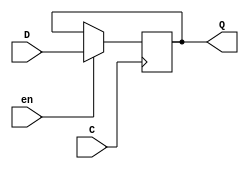

module DIG_Register_BUS #(
    parameter Bits = 1
)
(
    input C,
    input en,
    input [(Bits - 1):0]D,
    output [(Bits - 1):0]Q
);

    reg [(Bits - 1):0] state = 'h0;

    assign Q = state;

    always @ (posedge C) begin
        if (en)
            state <= D;
   end
endmodule
module DIG_ROM_256X16_InstructionMemory (
    input [7:0] A,
    input sel,
    output reg [15:0] D
);
    reg [15:0] my_rom [0:20];
	 integer i;
	 
    always @(sel,A,D, my_rom[0],my_rom[1],my_rom[2],my_rom[3],my_rom[4],my_rom[5],my_rom[6],my_rom[7],my_rom[8],my_rom[9],my_rom[10],my_rom[11],my_rom[12],my_rom[13],my_rom[14],my_rom[15],my_rom[16],my_rom[17],my_rom[18],my_rom[19],my_rom[20]) begin
        if (~sel)
            D = 16'hz;
        else if (A > 8'h5)
            D = 16'h0;
        else
            D = my_rom[A];
    end

    initial begin
		  for (i = 0; i < 21; i = i + 1) begin
            my_rom[i] = 16'h0000;
        end
      my_rom[0] = 16'h7054;
      my_rom[1] = 16'h708a;
      my_rom[2] = 16'h229a;
      my_rom[3] = 16'h50c1;
      my_rom[4] = 16'h7045;
    end
endmodule

module DIG_Add
#(
    parameter Bits = 1
)
(
    input [(Bits-1):0] a,
    input [(Bits-1):0] b,
    input c_i,
    output [(Bits - 1):0] s,
    output c_o
);
   wire [Bits:0] temp;

   assign temp = a + b + c_i;
   assign s = temp [(Bits-1):0];
   assign c_o = temp[Bits];
endmodule


module DIG_RegisterFile
#(
    parameter Bits = 8,
    parameter AddrBits = 4
)
(
    input [(Bits-1):0] Din,
    input we,
    input [(AddrBits-1):0] Rw,
    input C,
    input [(AddrBits-1):0] Ra,
    input [(AddrBits-1):0] Rb,
    output [(Bits-1):0] Da,
    output [(Bits-1):0] Db,
    output [(Bits-1):0] RH0,
    output [(Bits-1):0] RH1,
    output [(Bits-1):0] RH2,
    output [(Bits-1):0] RH3,
    output [(Bits-1):0] RH4,
    output [(Bits-1):0] RH5,
    output [(Bits-1):0] RH6,
    output [(Bits-1):0] RH7
);
    reg [(Bits-1):0] memory[0:((1 << AddrBits)-1)];
    reg [7:0] RH0_t;
    reg [7:0] RH1_t;
    reg [7:0] RH2_t;
    reg [7:0] RH3_t;
    reg [7:0] RH4_t;
    reg [7:0] RH5_t;
    reg [7:0] RH6_t;
    reg [7:0] RH7_t;
    assign Da = memory[Ra];
    assign Db = memory[Rb];
    integer y;
    initial begin
        for (y = 0; y <(1 << AddrBits); y = y + 1) begin
            memory[y] = 0;
        end
    end
    always @ (posedge C) begin
        if (we) 
            memory[Rw] <= Din;
        // regouts
        RH0_t = memory[0];
        RH1_t = memory[1];
        RH2_t = memory[2];
        RH3_t = memory[3];
        RH4_t = memory[4];
        RH5_t = memory[5];
        RH6_t = memory[6];
        RH7_t = memory[7];
    end
    assign RH0 = RH0_t;
    assign RH1 = RH1_t;
    assign RH2 = RH2_t;
    assign RH3 = RH3_t;
    assign RH4 = RH4_t;
    assign RH5 = RH5_t;
    assign RH6 = RH6_t;
    assign RH7 = RH7_t;
endmodule


module Mux_2x1_NBits #(
    parameter Bits = 2
)
(
    input [0:0] sel,
    input [(Bits - 1):0] in_0,
    input [(Bits - 1):0] in_1,
    output reg [(Bits - 1):0] out
);
    always @ (sel, in_0, in_1, out) begin
        case (sel)
            1'h0: out = in_0;
            1'h1: out = in_1;
            default:
                out = 'h0;
        endcase
    end
endmodule

module DIG_BitExtender #(
    parameter inputBits = 2,
    parameter outputBits = 4
)
(
    input [(inputBits-1):0] in,
    output [(outputBits - 1):0] out
);
    assign out = {{(outputBits - inputBits){in[inputBits - 1]}}, in};
endmodule



module DIG_RAMDualPort
#(
    parameter Bits = 8,
    parameter AddrBits = 4
)
(
  input [(AddrBits-1):0] A,
  input [(Bits-1):0] Din,
  input str,
  input C,
  input ld,
  output [(Bits-1):0] D
);
  reg [(Bits-1):0] memory[0:((1 << AddrBits) - 1)];

  assign D = ld? memory[A] : 'hz;

  always @ (posedge C) begin
    if (str)
      memory[A] <= Din;
  end
endmodule

module LUT_CONTROLLER (
    input \0 ,
    input \1 ,
    input \2 ,
    input \3 ,
    input \4 ,
    input \5 ,
    input \6 ,
    output reg  [17:0]  out
);
    reg [17:0] my_lut [0:127];
    wire [6:0] temp;
    assign temp = {\6 , \5 , \4 , \3 , \2 , \1 , \0 };

    always @ (temp,out,my_lut[0],my_lut[1],my_lut[2],my_lut[3],my_lut[4],my_lut[5],my_lut[6],my_lut[7],my_lut[8],my_lut[9],my_lut[10],my_lut[11],my_lut[12],my_lut[13],my_lut[14],my_lut[15],my_lut[16],my_lut[17],my_lut[18],my_lut[19],my_lut[20],my_lut[21],my_lut[22],my_lut[23],my_lut[24],my_lut[25],my_lut[26],my_lut[27],my_lut[28],my_lut[29],my_lut[30],my_lut[31],my_lut[32],my_lut[33],my_lut[34],my_lut[35],my_lut[36],my_lut[37],my_lut[38],my_lut[39],my_lut[40],my_lut[41],my_lut[42],my_lut[43],my_lut[44],my_lut[45],my_lut[46],my_lut[47],my_lut[48],my_lut[49],my_lut[50],my_lut[51],my_lut[52],my_lut[53],my_lut[54],my_lut[55],my_lut[56],my_lut[57],my_lut[58],my_lut[59],my_lut[60],my_lut[61],my_lut[62],my_lut[63],my_lut[64],my_lut[65],my_lut[66],my_lut[67],my_lut[68],my_lut[69],my_lut[70],my_lut[71],my_lut[72],my_lut[73],my_lut[74],my_lut[75],my_lut[76],my_lut[77],my_lut[78],my_lut[79],my_lut[80],my_lut[81],my_lut[82],my_lut[83],my_lut[84],my_lut[85],my_lut[86],my_lut[87],my_lut[88],my_lut[89],my_lut[90],my_lut[91],my_lut[92],my_lut[93],my_lut[94],my_lut[95],my_lut[96],my_lut[97],my_lut[98],my_lut[99],my_lut[100],my_lut[101],my_lut[102],my_lut[103],my_lut[104],my_lut[105],my_lut[106],my_lut[107],my_lut[108],my_lut[109],my_lut[110],my_lut[111],my_lut[112],my_lut[113],my_lut[114],my_lut[115],my_lut[116],my_lut[117],my_lut[118],my_lut[119],my_lut[120],my_lut[121],my_lut[122],my_lut[123],my_lut[124],my_lut[125],my_lut[126],my_lut[127]) begin
       out = my_lut[temp];
    end

    initial begin
        my_lut[0] = 18'h0;
        my_lut[1] = 18'h588;
        my_lut[2] = 18'h608;
        my_lut[3] = 18'h688;
        my_lut[4] = 18'h4000;
        my_lut[5] = 18'h8008;
        my_lut[6] = 18'h8008;
        my_lut[7] = 18'h8;
        my_lut[8] = 18'h8;
        my_lut[9] = 18'h88;
        my_lut[10] = 18'h88;
        my_lut[11] = 18'h388;
        my_lut[12] = 18'h408;
        my_lut[13] = 18'h1200;
        my_lut[14] = 18'h1200;
        my_lut[15] = 18'h1280;
        my_lut[16] = 18'h1300;
        my_lut[17] = 18'h488;
        my_lut[18] = 18'h708;
        my_lut[19] = 18'h208;
        my_lut[20] = 18'h508;
        my_lut[21] = 18'h0;
        my_lut[22] = 18'h0;
        my_lut[23] = 18'h0;
        my_lut[24] = 18'h40;
        my_lut[25] = 18'h40;
        my_lut[26] = 18'h40;
        my_lut[27] = 18'h40;
        my_lut[28] = 18'h40;
        my_lut[29] = 18'h40;
        my_lut[30] = 18'h40;
        my_lut[31] = 18'h40;
        my_lut[32] = 18'h20048;
        my_lut[33] = 18'h20048;
        my_lut[34] = 18'h20048;
        my_lut[35] = 18'h20048;
        my_lut[36] = 18'h20048;
        my_lut[37] = 18'h20048;
        my_lut[38] = 18'h20048;
        my_lut[39] = 18'h20048;
        my_lut[40] = 18'ha0;
        my_lut[41] = 18'ha0;
        my_lut[42] = 18'ha0;
        my_lut[43] = 18'ha0;
        my_lut[44] = 18'ha0;
        my_lut[45] = 18'ha0;
        my_lut[46] = 18'ha0;
        my_lut[47] = 18'ha0;
        my_lut[48] = 18'h20a0;
        my_lut[49] = 18'h20a0;
        my_lut[50] = 18'h20a0;
        my_lut[51] = 18'h20a0;
        my_lut[52] = 18'h20a0;
        my_lut[53] = 18'h20a0;
        my_lut[54] = 18'h20a0;
        my_lut[55] = 18'h20a0;
        my_lut[56] = 18'hb;
        my_lut[57] = 18'hb;
        my_lut[58] = 18'hb;
        my_lut[59] = 18'hb;
        my_lut[60] = 18'hb;
        my_lut[61] = 18'hb;
        my_lut[62] = 18'hb;
        my_lut[63] = 18'hb;
        my_lut[64] = 18'hb;
        my_lut[65] = 18'hb;
        my_lut[66] = 18'hb;
        my_lut[67] = 18'hb;
        my_lut[68] = 18'hb;
        my_lut[69] = 18'hb;
        my_lut[70] = 18'hb;
        my_lut[71] = 18'hb;
        my_lut[72] = 18'h70b;
        my_lut[73] = 18'h70b;
        my_lut[74] = 18'h70b;
        my_lut[75] = 18'h70b;
        my_lut[76] = 18'h70b;
        my_lut[77] = 18'h70b;
        my_lut[78] = 18'h70b;
        my_lut[79] = 18'h70b;
        my_lut[80] = 18'h70b;
        my_lut[81] = 18'h70b;
        my_lut[82] = 18'h70b;
        my_lut[83] = 18'h70b;
        my_lut[84] = 18'h70b;
        my_lut[85] = 18'h70b;
        my_lut[86] = 18'h70b;
        my_lut[87] = 18'h70b;
        my_lut[88] = 18'h38b;
        my_lut[89] = 18'h38b;
        my_lut[90] = 18'h38b;
        my_lut[91] = 18'h38b;
        my_lut[92] = 18'h38b;
        my_lut[93] = 18'h38b;
        my_lut[94] = 18'h38b;
        my_lut[95] = 18'h38b;
        my_lut[96] = 18'h40b;
        my_lut[97] = 18'h40b;
        my_lut[98] = 18'h40b;
        my_lut[99] = 18'h40b;
        my_lut[100] = 18'h40b;
        my_lut[101] = 18'h40b;
        my_lut[102] = 18'h40b;
        my_lut[103] = 18'h40b;
        my_lut[104] = 18'h1040b;
        my_lut[105] = 18'h1040b;
        my_lut[106] = 18'h1040b;
        my_lut[107] = 18'h1040b;
        my_lut[108] = 18'h1040b;
        my_lut[109] = 18'h1040b;
        my_lut[110] = 18'h1040b;
        my_lut[111] = 18'h1040b;
        my_lut[112] = 18'h80f;
        my_lut[113] = 18'h80f;
        my_lut[114] = 18'h80f;
        my_lut[115] = 18'h80f;
        my_lut[116] = 18'h80f;
        my_lut[117] = 18'h80f;
        my_lut[118] = 18'h80f;
        my_lut[119] = 18'h80f;
        my_lut[120] = 18'h12;
        my_lut[121] = 18'h12;
        my_lut[122] = 18'h12;
        my_lut[123] = 18'h12;
        my_lut[124] = 18'h12;
        my_lut[125] = 18'h12;
        my_lut[126] = 18'h12;
        my_lut[127] = 18'h12;
    end
endmodule


module Mux_4x1_NBits #(
    parameter Bits = 2
)
(
    input [1:0] sel,
    input [(Bits - 1):0] in_0,
    input [(Bits - 1):0] in_1,
    input [(Bits - 1):0] in_2,
    input [(Bits - 1):0] in_3,
    output reg [(Bits - 1):0] out
);
    always @ (sel, out, in_0, in_1, in_2, in_3 ) begin
        case (sel)
            2'h0: out = in_0;
            2'h1: out = in_1;
            2'h2: out = in_2;
            2'h3: out = in_3;
            default:
                out = 'h0;
        endcase
    end
endmodule

module ALU (
    input [3:0] ALUop,        // ALU Selection
    input [7:0] A, B,         // ALU 8-bit Inputs
    input [2:0] SHAMT,         // SHAMT
    output reg [7:0] S,         // ALU Output
    output reg [7:0] HIGH,      // HIGH Output
    output Zero                 // Zero Flag
);
    reg [15:0] ALU_Result;      // 16-bit result for operations
    assign Zero = (S == 0);

    always @(*) begin
        case (ALUop)
            4'b0000: begin
                ALU_Result = A + B;             // ADD
                HIGH = 8'b0;
            end
            4'b0001: begin
                ALU_Result = A - B;             // SUB
                HIGH = 8'b0;
            end
            4'b0100: begin
                ALU_Result = A * B;             // MUL
                HIGH = ALU_Result[15:8];         // Last 8 bits
            end
            4'b0101: begin
                //ALU_Result = A / B;             // DIV
               // HIGH = A % B;              // Remainder
            end
            4'b0110: begin
                //ALU_Result = A / B;             // DIVU
                //HIGH = A % B;              // Remainder
            end
            4'b0111: begin
                ALU_Result = A & B;             // AND
                HIGH = 8'b0;
            end
            4'b1000: begin
                ALU_Result = A | B;             // OR
                HIGH = 8'b0;
            end
            4'b1010: begin
                ALU_Result = A ^ B;             // XOR
                HIGH = 8'b0;
            end
            4'b1001: begin
                ALU_Result = ~(A | B);          // NOR
                HIGH = 8'b0;
            end
            4'b1011: begin
                ALU_Result = B << SHAMT;            // SLL 
                HIGH = 8'b0;
            end
            4'b1100: begin
                ALU_Result = B >> SHAMT;            // SRL 
                HIGH = 8'b0;
            end
            4'b1101: begin
                ALU_Result = B >>> SHAMT;           // SRA 
                HIGH = 8'b0;
            end
            4'b1110: begin
                ALU_Result = (A < B) ? 8'b1 : 8'b0; // LESSTHAN
                HIGH = 8'b0;
            end
            default: begin
                ALU_Result = 8'b0;              // Default case
                HIGH = 8'b0;
            end
        endcase
    end

    always @(*) begin
        S = ALU_Result[7:0];             // First 8 bits of result
    end
endmodule

module CPU (
  input CLK,
  output [7:0] HI,
  output [7:0] LO,
  output [7:0] RH0,
  output [7:0] RH1,
  output [7:0] RH2,
  output [7:0] RH3,
  output [7:0] RH4,
  output [7:0] RH5,
  output [7:0] RH6,
  output [7:0] RH7
);
  wire [7:0] s0;
  wire [7:0] PC;
  wire [15:0] s1;
  wire [7:0] s2;
  wire [7:0] s3;
  wire RegWrite;
  wire [2:0] s4;
  wire [2:0] s5;
  wire [2:0] s6;
  wire [7:0] DA;
  wire [7:0] s7;
  wire [11:0] s8;
  wire [3:0] OPCODE;
  wire [5:0] s9;
  wire [2:0] FUNCT;
  wire [2:0] s10;
  wire RegDst;
  wire [2:0] s11;
  wire [7:0] s12;
  wire AluSrc;
  wire [7:0] s13;
  wire [7:0] s14;
  wire [7:0] s15;
  wire MemWrite;
  wire MemRead;
  wire [7:0] s16;
  wire MemtoReg;
  wire [7:0] s17;
  wire [7:0] s18;
  wire [7:0] s19;
  wire s20;
  wire [7:0] s21;
  wire Jump;
  wire [7:0] s22;
  wire [7:0] s23;
  wire s24;
  wire [7:0] LO_temp;
  wire [7:0] s25;
  wire [7:0] HI_temp;
  wire LUI;
  wire [7:0] s26;
  wire JAL;
  wire [7:0] s27;
  wire [7:0] s28;
  wire s29;
  wire s30;
  wire s31;
  wire s32;
  wire s33;
  wire s34;
  wire s35;
  wire [17:0] s36;
  wire [3:0] AluOp;
  wire JR;
  wire MFEN;
  wire [1:0] SLIHO;
  wire [1:0] s37;
  wire s38;
  wire [7:0] RH0_t;
  wire [7:0] RH1_t;
  wire [7:0] RH2_t;
  wire [7:0] RH3_t;
  wire [7:0] RH4_t;
  wire [7:0] RH5_t;
  wire [7:0] RH6_t;
  wire [7:0] RH7_t;
  // PC
  DIG_Register_BUS #(
    .Bits(8)
  )
  DIG_Register_BUS_i0 (
    .D( s0 ),
    .C( CLK ),
    .en( CLK ),
    .Q( PC )
  );
  // Instruction Memory
  DIG_ROM_256X16_InstructionMemory DIG_ROM_256X16_InstructionMemory_i1 (
    .A( PC ),
    .sel( 1'b1 ),
    .D( s1 )
  );
  DIG_Add #(
    .Bits(8)
  )
  DIG_Add_i2 (
    .a( 8'b1 ),
    .b( PC ),
    .c_i( 1'b0 ),
    .s( s2 )
  );
  // Registers
  DIG_RegisterFile #(
    .Bits(8),
    .AddrBits(3)
  )
  DIG_RegisterFile_i3 (
    .Din( s3 ),
    .we( RegWrite ),
    .Rw( s4 ),
    .C( CLK ),
    .Ra( s5 ),
    .Rb( s6 ),
    .Da( DA ),
    .Db( s7 ),
    .RH0( RH0_t ),
    .RH1( RH1_t ),
    .RH2( RH2_t ),
    .RH3( RH3_t ),
    .RH4( RH4_t ),
    .RH5( RH5_t ),
    .RH6( RH6_t ),
    .RH7( RH7_t )
  );
  Mux_2x1_NBits #(
    .Bits(3)
  )
  Mux_2x1_NBits_i4 (
    .sel( RegDst ),
    .in_0( s10 ),
    .in_1( s6 ),
    .out( s11 )
  );
  DIG_BitExtender #(
    .inputBits(6),
    .outputBits(8)
  )
  DIG_BitExtender_i5 (
    .in( s9 ),
    .out( s12 )
  );
  Mux_2x1_NBits #(
    .Bits(8)
  )
  Mux_2x1_NBits_i6 (
    .sel( AluSrc ),
    .in_0( s7 ),
    .in_1( s13 ),
    .out( s14 )
  );
  // Data Memory
  DIG_RAMDualPort #(
    .Bits(8),
    .AddrBits(8)
  )
  DIG_RAMDualPort_i7 (
    .A( s15 ),
    .Din( s7 ),
    .str( MemWrite ),
    .C( CLK ),
    .ld( MemRead ),
    .D( s16 )
  );
  Mux_2x1_NBits #(
    .Bits(8)
  )
  Mux_2x1_NBits_i8 (
    .sel( MemtoReg ),
    .in_0( s15 ),
    .in_1( s16 ),
    .out( s17 )
  );
  DIG_Add #(
    .Bits(8)
  )
  DIG_Add_i9 (
    .a( s2 ),
    .b( s18 ),
    .c_i( 1'b0 ),
    .s( s19 )
  );
  Mux_2x1_NBits #(
    .Bits(8)
  )
  Mux_2x1_NBits_i10 (
    .sel( s20 ),
    .in_0( s2 ),
    .in_1( s19 ),
    .out( s21 )
  );
  assign s20 = (~ (s36[13] & s38) & s36[5]);
  Mux_2x1_NBits #(
    .Bits(8)
  )
  Mux_2x1_NBits_i11 (
    .sel( Jump ),
    .in_0( s21 ),
    .in_1( s22 ),
    .out( s23 )
  );
  // LO
  DIG_Register_BUS #(
    .Bits(8)
  )
  DIG_Register_BUS_i12 (
    .D( s15 ),
    .C( CLK ),
    .en( s24 ),
    .Q( LO_temp )
  );
  // HI
  DIG_Register_BUS #(
    .Bits(8)
  )
  DIG_Register_BUS_i13 (
    .D( s25 ),
    .C( CLK ),
    .en( s24 ),
    .Q( HI_temp )
  );
  Mux_2x1_NBits #(
    .Bits(8)
  )
  Mux_2x1_NBits_i14 (
    .sel( LUI ),
    .in_0( s12 ),
    .in_1( s26 ),
    .out( s13 )
  );
  Mux_2x1_NBits #(
    .Bits(3)
  )
  Mux_2x1_NBits_i15 (
    .sel( JAL ),
    .in_0( s11 ),
    .in_1( 3'b111 ),
    .out( s4 )
  );
  Mux_2x1_NBits #(
    .Bits(8)
  )
  Mux_2x1_NBits_i16 (
    .sel( JAL ),
    .in_0( s17 ),
    .in_1( s27 ),
    .out( s28 )
  );
  DIG_Add #(
    .Bits(8)
  )
  DIG_Add_i17 (
    .a( PC ),
    .b( 8'b1 ),
    .c_i( 1'b0 ),
    .s( s27 )
  );
  // CONTROLLER
  LUT_CONTROLLER LUT_CONTROLLER_i18 (
    .\0 ( s29 ),
    .\1 ( s30 ),
    .\2 ( s31 ),
    .\3 ( s32 ),
    .\4 ( s33 ),
    .\5 ( s34 ),
    .\6 ( s35 ),
    .out( s36 )
  );
  Mux_4x1_NBits #(
    .Bits(8)
  )
  Mux_4x1_NBits_i19 (
    .sel( SLIHO ),
    .in_0( s28 ),
    .in_1( s28 ),
    .in_2( HI_temp ),
    .in_3( LO_temp ),
    .out( s3 )
  );
  Mux_2x1_NBits #(
    .Bits(2)
  )
  Mux_2x1_NBits_i20 (
    .sel( MFEN ),
    .in_0( 2'b0 ),
    .in_1( s37 ),
    .out( SLIHO )
  );
  assign s24 = (1'b1 & s36[12]);
  Mux_2x1_NBits #(
    .Bits(8)
  )
  Mux_2x1_NBits_i21 (
    .sel( JR ),
    .in_0( s23 ),
    .in_1( DA ),
    .out( s0 )
  );
  assign s26[3:0] = 4'b0;
  assign s26[7:4] = s12[3:0];
  assign s18 = s12;
  // ALU
  ALU ALU_i22 (
    .ALUop( AluOp ),
    .A( DA ),
    .B( s14 ),
    .SHAMT( s5 ),
    .S( s15 ),
    .HIGH( s25 ),
    .Zero( s38 )
  );
  assign s8 = s1[11:0];
  assign OPCODE = s1[15:12];
  assign s9 = s8[5:0];
  assign s6 = s8[8:6];
  assign s5 = s8[11:9];
  assign FUNCT = s9[2:0];
  assign s10 = s9[5:3];
  assign s22 = s8[7:0];
  assign s29 = FUNCT[0];
  assign s30 = FUNCT[1];
  assign s31 = FUNCT[2];
  assign s32 = OPCODE[0];
  assign s33 = OPCODE[1];
  assign s34 = OPCODE[2];
  assign s35 = OPCODE[3];
  assign RegDst = s36[0];
  assign AluSrc = s36[1];
  assign MemtoReg = s36[2];
  assign RegWrite = s36[3];
  assign MemWrite = s36[4];
  assign Jump = s36[6];
  assign AluOp = s36[10:7];
  assign MemRead = s36[11];
  assign JR = s36[14];
  assign MFEN = s36[15];
  assign LUI = s36[16];
  assign JAL = s36[17];
  assign s37 = FUNCT[2:1];
  assign HI = HI_temp;
  assign LO = LO_temp;
  assign RH0 = RH0_t;
  assign RH1 = RH1_t;
  assign RH2 = RH2_t;
  assign RH3 = RH3_t;
  assign RH4 = RH4_t;
  assign RH5 = RH5_t;
  assign RH6 = RH6_t;
  assign RH7 = RH7_t;
endmodule

module main(
    input start,
    input CLK,
    input [3:0] CODE,
    output [7:0] RVIS
);
    wire [7:0] HI;
    wire [7:0] LO;
    wire [7:0] RH0;
    wire [7:0] RH1;
    wire [7:0] RH2;
    wire [7:0] RH3;
    wire [7:0] RH4;
    wire [7:0] RH5;
    wire [7:0] RH6;
    wire [7:0] RH7;
    reg [7:0] RFIN;

    
    reg clk_enable;
    reg start_reg;
    
    always @(posedge CLK) begin
        start_reg <= start;
        if (start_reg)
            clk_enable <= 1'b1;
        else
            clk_enable <= 1'b0;
    end

    CPU cpu_instance (
        .CLK(start_reg),
        .HI(HI),
        .LO(LO),
        .RH0(RH0),
        .RH1(RH1),
        .RH2(RH2),
        .RH3(RH3),
        .RH4(RH4),
        .RH5(RH5),
        .RH6(RH6),
        .RH7(RH7)
    );

    always @(CODE, RFIN, RH0,RH1,RH2,RH3,RH4,RH5,RH6,RH7) begin
        case (CODE)
            4'd0: RFIN = RH0;
            4'd1: RFIN = RH1;
            4'd2: RFIN = RH2;
            4'd3: RFIN = RH3;
            4'd4: RFIN = RH4;
            4'd5: RFIN = RH5;
            4'd6: RFIN = RH6;
            4'd7: RFIN = RH7;
            default: RFIN = 8'd0; // Default case to handle unexpected CODE values
        endcase
    end

    assign RVIS = RFIN;

endmodule